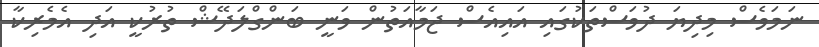
ނަމަވެސް މިދިޔަ ދުވަސްތަކުގައި އައިއެސް ޖަމާއަތުން ވަނީ ބަންގްލަދޭޝް ތުރުކީ އަދި އެމެރިކާ